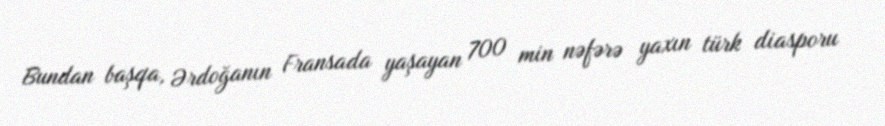
Bundan başqa, Ərdoğanın Fransada yaşayan 700 min nəfərə yaxın türk diasporu